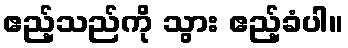
ဧည့်သည်ကို သွား ဧည့်ခံပါ။